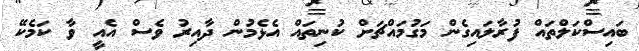
ބައިސްކަލްތައް ފުރާލައިގެން މަގުމައްޗަށް ކުނިތައް އެޅެމުން ދާއިރު ވެސް އެއީ ވާ ކަމެކޭ